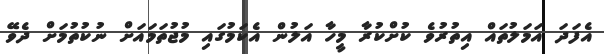
އެފަދަ އަމަލުތައް އިތުރުވެ ކުށްކުރާ މީހާ އަލުން އެކަމުގައި މުޖުތަމައަށް ނުކުތުމަށް ދެވޭ